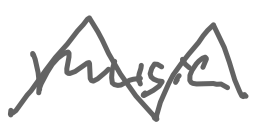
Text: music
Cross-out: zig-zag
Writing tool: digital_gray